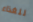
للغذاء